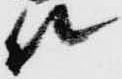
殿